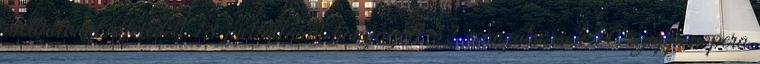
méltatlanul elfeledett 18 méltatlanul hanyagolt 32 sorozatsorsok 10 szappanopera